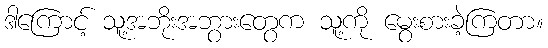
ဒါကြောင့် သူ့အဘိုးအဘွားတွေက သူ့ကို မွေးစားခဲ့ကြတာ။